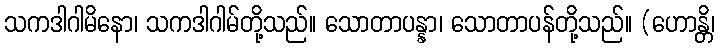
သကဒါဂါမိနော၊ သကဒါဂါမ်တို့သည်။ သောတာပန္နာ၊ သောတာပန်တို့သည်။ (ဟောန္တိ၊